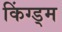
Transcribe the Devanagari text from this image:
किंग्ड्म